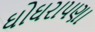
ઘોઘરાપણા